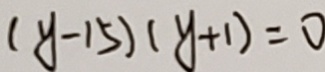
( y - 1 5 ) ( y + 1 ) = 0